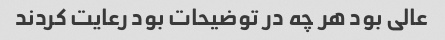
عالی بود هر چه در توضیحات بود رعایت کردند